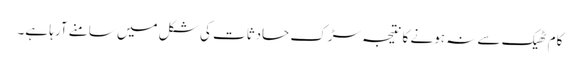
کام ٹھیک سے نہ ہونے کا نتیجہ سڑک حادثات کی شکل میں سامنے آرہا ہے۔